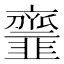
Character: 𩐐